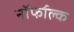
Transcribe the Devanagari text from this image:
नॉर्फोल्क